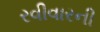
રવીવારની